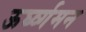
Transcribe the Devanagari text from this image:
ऊर्घ्व्गमन